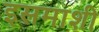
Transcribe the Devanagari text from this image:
इसमाशी